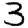
Digit: 3